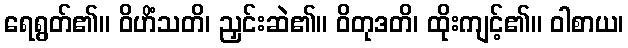
ရေရွတ်၏။ ဝိဟိံသတိ၊ ညှင်းဆဲ၏။ ဝိတုဒတိ၊ ထိုးကျင့်၏။ ဝါစာယ၊